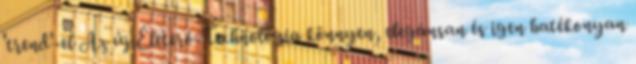
'trend'-el Az új Életerő-Technológia könnyen, elegánsan és igen hatékonyan